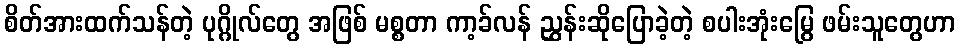
စိတ်အားထက်သန်တဲ့ ပုဂ္ဂိုလ်တွေ အဖြစ် မစ္စတာ ကာ့ခ်လန် ညွှန်းဆိုပြောခဲ့တဲ့ စပါးအုံးမြွေ ဖမ်းသူတွေဟာ